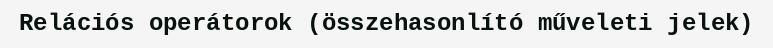
Relációs operátorok (összehasonlító műveleti jelek)